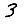
Digit: 3